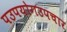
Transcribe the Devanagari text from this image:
पउपयोगउपचार